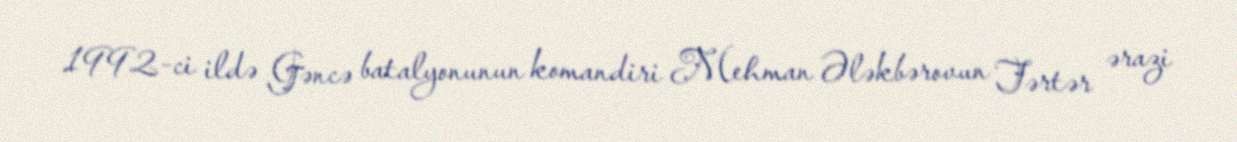
1992-ci ildə Gəncə batalyonunun komandiri Mehman Ələkbərovun Tərtər ərazi